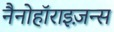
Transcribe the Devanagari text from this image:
नैनोहॉराइज़न्स